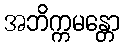
အဘိက္ကမန္တော